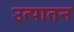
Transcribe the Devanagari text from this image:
उत्पातन